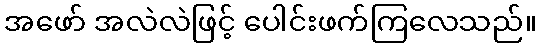
အဖော် အလဲလဲဖြင့် ပေါင်းဖက်ကြလေသည်။